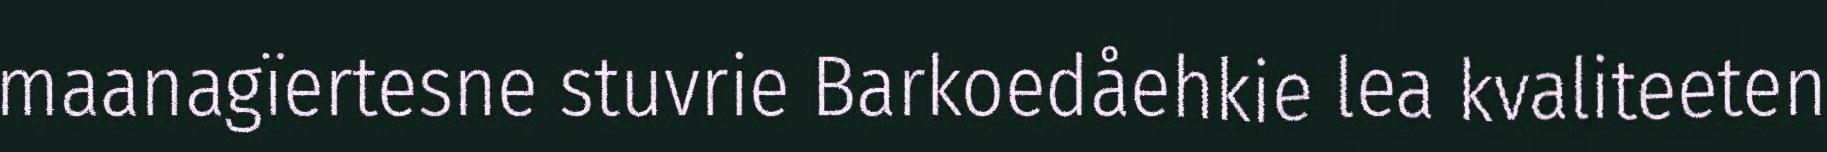
maanagïertesne stuvrie Barkoedåehkie lea kvaliteeten